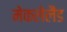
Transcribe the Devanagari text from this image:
मेकलेलैंड